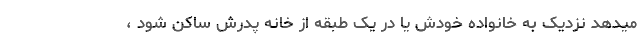
میدهد نزدیک به خانواده خودش یا در یک طبقه از خانه پدرش ساکن شود ،